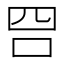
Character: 𠰝